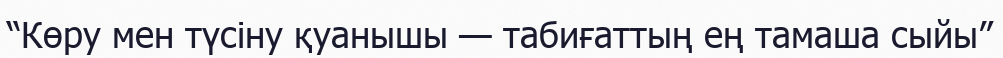
“Көру мен түсіну қуанышы — табиғаттың ең тамаша сыйы”